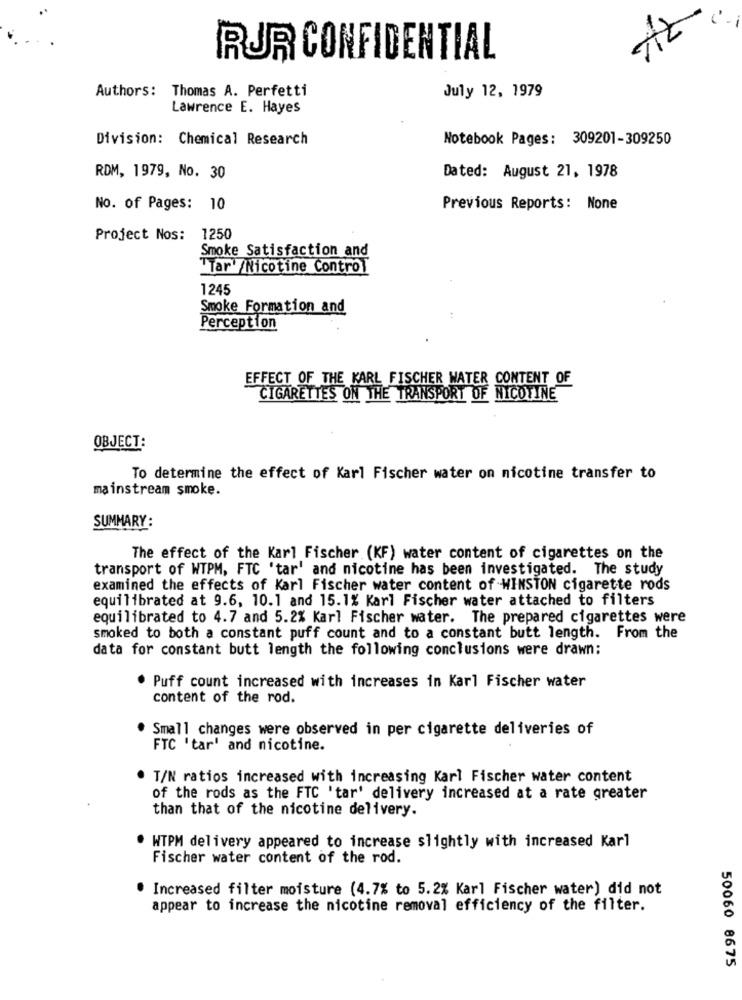
RUR CONFIDENTIAL
Authors: Thomas A. Perfetti
July 12, 1979
Lawrence E. Hayes
Division: Chemical Research
Notebook Pages: 309201-309250
RDM, 1979, No. 30
Dated: August 21, 1978
No. of Pages: 10
Previous Reports: None
Project Nos: 1250
Smoke Satisfaction and
Tar /Nicotine Control
1245
Smoke Formation and
Perception
EFFECT OF THE KARL FISCHER WATER CONTENT OF
CIGARETTES ON THE TRANSPORT OF NICOTINE
OBJECT:
To determine the effect of Karl Fischer water on nicotine transfer to
mainstream smoke.
SUMMARY:
The effect of the Karl Fischer (KF) water content of cigarettes on the
transport of WTPM, FTC 'tar' and nicotine has been investigated. The study
examined the effects of Karl Fischer water content of WINSTON cigarette rods
equilibrated at 9.6, 10.1 and 15.1% Karl Fischer water attached to filters
equilibrated to 4.7 and 5.2% Karl Fischer water. The prepared cigarettes were
smoked to both a constant puff count and to a constant butt length. From the
data for constant butt length the following conclusions were drawn:
. Puff count increased with increases in Karl Fischer water
content of the rod.
Small changes were observed in per cigarette deliveries of
FTC 'tar' and nicotine.
. T/N ratios increased with increasing Karl Fischer water content
of the rods as the FTC 'tar' delivery increased at a rate greater
than that of the nicotine delivery.
WTPM delivery appeared to increase slightly with increased Karl
Fischer water content of the rod.
· Increased filter moisture (4.7% to 5.2% Karl Fischer water) did not
appear to increase the nicotine removal efficiency of the filter.
50060 8675